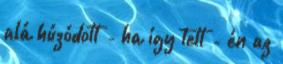
alá húzódott - ha így tett - én az